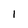
Character: 1